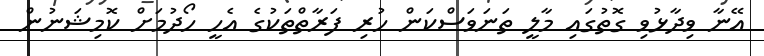
އޭނާ ވިދާޅުވި ގޮތުގައި މާލީ ތަނަވަސްކަން ހުރި ފަރާތްތަކުގެ އެހީ ހޯދުމަށް ކޮމިޝަނުން